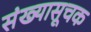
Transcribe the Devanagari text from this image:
संख्यासूचक